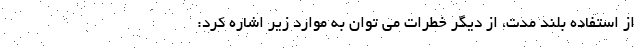
از استفاده بلند مدت، از دیگر خطرات می توان به موارد زیر اشاره کرد: